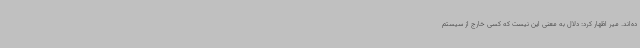
ده‌اند. میر اظهار کرد: دلال به معنی این نیست که کسی خارج از سیستم